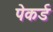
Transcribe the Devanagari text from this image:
पेकर्ड